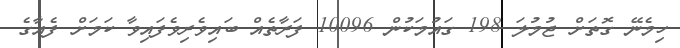
ހިމެނޭ ގޮތަށް ޖުމުލަ 198 ގައުމަކުން 10096 ފަރާތެއް ބައިވެރިވެފައިވާ ކަމަށް ފެއާގެ